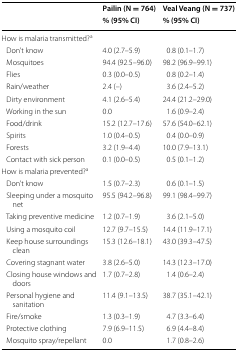
| <ROWSPAN=2>  | Pailin (N = 764) | Veal Veang (N = 737) |
 | % (95% CI) | % (95% CI) |
 | --- | --- | --- |
 | <COLSPAN=3> How is malaria transmitted?a |
 | Don’t know | 4.0 (2.7–5.9) | 0.8 (0.1–1.7) |
 | Mosquitoes | 94.4 (92.5–96.0) | 98.2 (96.9–99.1) |
 | Flies | 0.3 (0.0–0.5) | 0.8 (0.2–1.4) |
 | Rain/weather | 2.4 (–) | 3.6 (2.4–5.2) |
 | Dirty environment | 4.1 (2.6–5.4) | 24.4 (21.2–29.0) |
 | Working in the sun | 0.0 | 1.6 (0.9–2.4) |
 | Food/drink | 15.2 (12.7–17.6) | 57.6 (54.0–62.1) |
 | Spirits | 1.0 (0.4–0.5) | 0.4 (0.0–0.9) |
 | Forests | 3.2 (1.9–4.4) | 10.0 (7.9–13.1) |
 | Contact with sick person | 0.1 (0.0–0.5) | 0.5 (0.1–1.2) |
 | <COLSPAN=3> How is malaria prevented?a |
 | Don’t know | 1.5 (0.7–2.3) | 0.6 (0.1–1.5) |
 | Sleeping under a mosquito net | 95.5 (94.2–96.8) | 99.1 (98.4–99.7) |
 | Taking preventive medicine | 1.2 (0.7–1.9) | 3.6 (2.1–5.0) |
 | Using a mosquito coil | 12.7 (9.7–15.5) | 14.4 (11.9–17.1) |
 | Keep house surroundings clean | 15.3 (12.6–18.1) | 43.0 (39.3–47.5) |
 | Covering stagnant water | 3.8 (2.6–5.0) | 14.3 (12.3–17.0) |
 | Closing house windows and doors | 1.7 (0.7–2.8) | 1.4 (0.6–2.4) |
 | Personal hygiene and sanitation | 11.4 (9.1–13.5) | 38.7 (35.1–42.1) |
 | Fire/smoke | 1.3 (0.3–1.9) | 4.7 (3.3–6.4) |
 | Protective clothing | 7.9 (6.9–11.5) | 6.9 (4.4–8.4) |
 | Mosquito spray/repellant | 0.0 | 1.7 (0.8–2.6) |